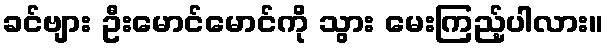
ခင်ဗျား ဦးမောင်မောင်ကို သွား မေးကြည့်ပါလား။